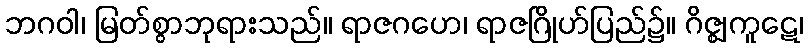
ဘဂဝါ၊ မြတ်စွာဘုရားသည်။ ရာဇဂဟေ၊ ရာဇဂြိုဟ်ပြည်၌။ ဂိဇ္ဈကူဋေ၊